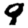
Digit: 9